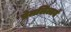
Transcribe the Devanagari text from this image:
प्रेमलिलायें